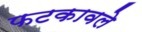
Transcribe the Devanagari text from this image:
फटकावले